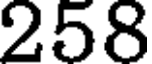
258